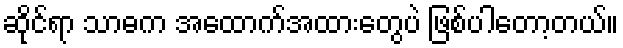
ဆိုင်ရာ သာဓက အထောက်အထားတွေပဲ ဖြစ်ပါတော့တယ်။